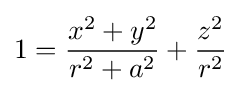
1={\frac {x^{2}+y^{2}}{r^{2}+a^{2}}}+{\frac {z^{2}}{r^{2}}}